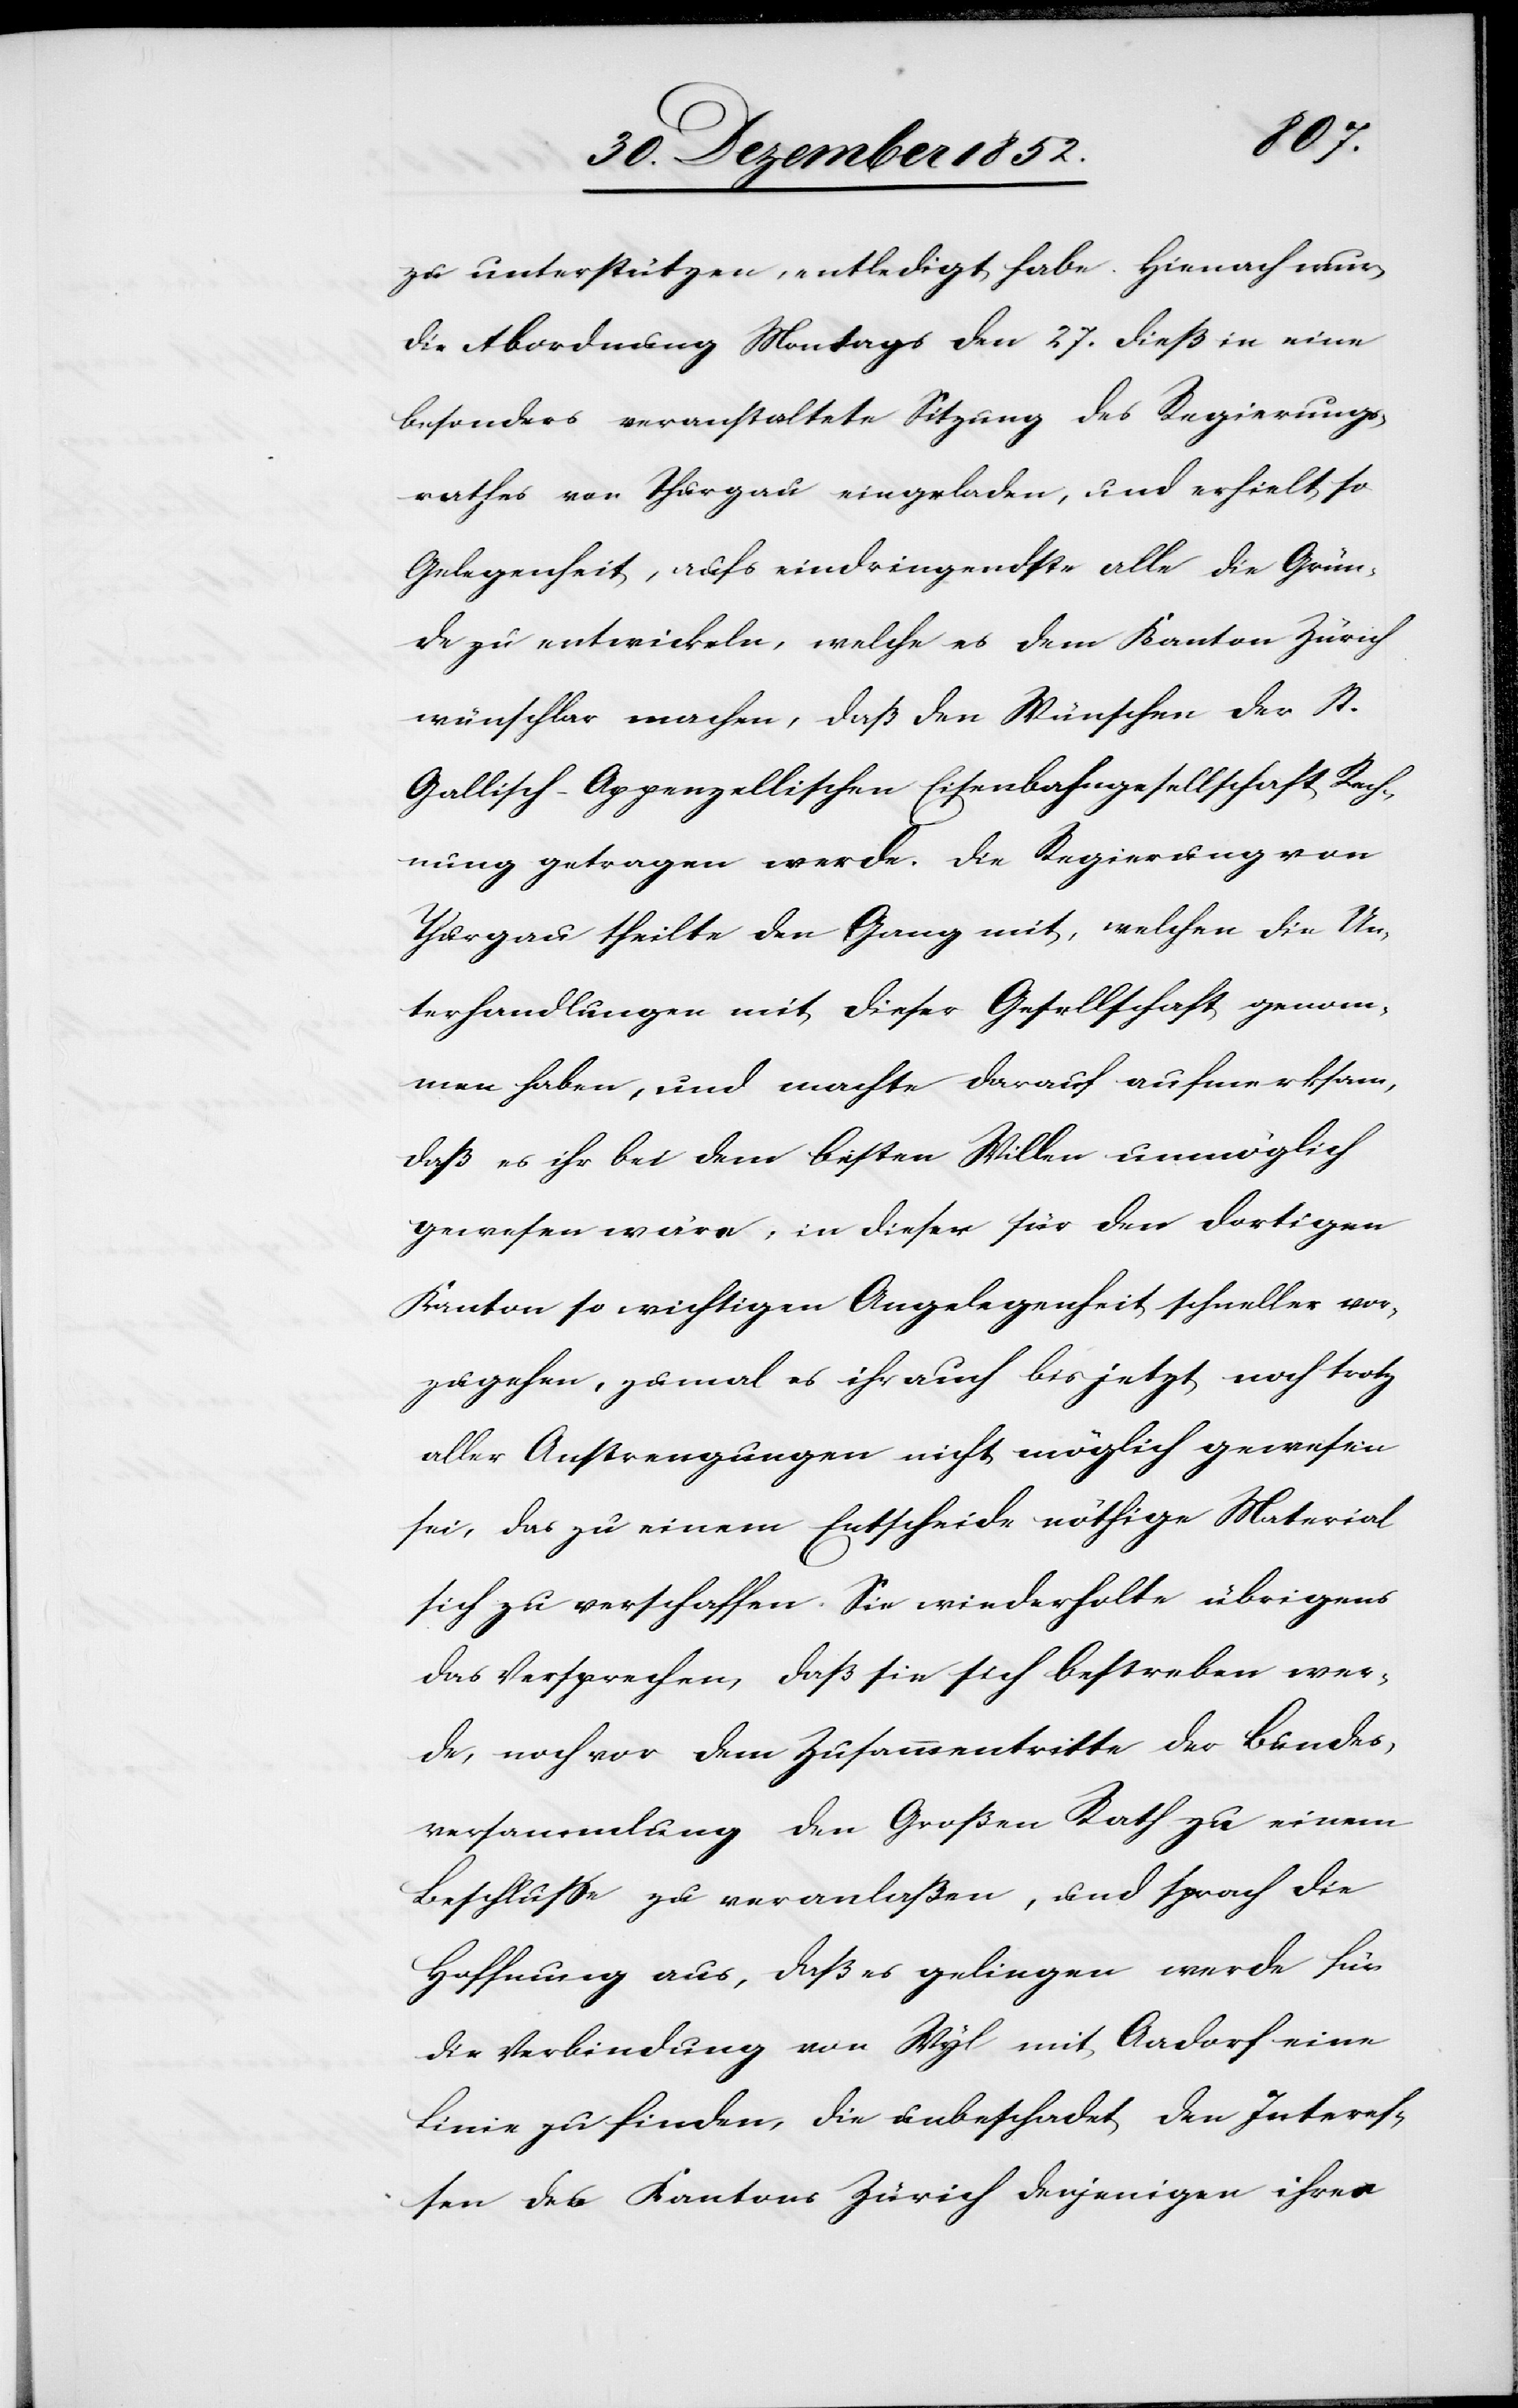
e]
zu unterstützen, entledigt habe. Hienach wur[d¬
die Abordnung Montags den 27. dieß in eine
besonders veranstaltete Sitzung des Regierungs¬
rathes von Thurgau eingeladen, und erhielt so
Gelegenheit, aufs eindringendste alle die Grün¬
de zu entwickeln, welche es dem Kanton Zürich
wünschbar] machen, daß den Wünschen der St.
Gallisch-Appenzellischen Eisenbahngesellschaft Rech¬
nung getragen werde. Die Regierung von
Thurgau theilte den Gang mit, welchen die Un¬
terhandlungen mit dieser Gesellschaft genom¬
men haben, und machte darauf aufmerksam,
daß es ihr bei dem besten Willen unmöglich
gewesen wäre, in dieser für den dortigen
Kanton so wichtigen Angelegenheit schneller vor¬
zugehen, zumal es ihr auch bis jetzt noch trotz
aller Anstrengungen nicht möglich gewesen
sei, das zu einem Entscheide nöthige Material
sich zu verschaffen. Sie wiederholte übrigens
das Versprechen, daß sie sich bestreben wer¬
de, noch vor dem Zusammentritte der Bundes¬
versammlung den Großen Rath zu einem
Beschlusse zu veranlaßen, und sprach die
Hoffnung aus, daß es gelingen werde für
die Verbindung von Wyl mit Aadorf eine
Linie zu finden, die unbeschadet den Interes¬
sen des Kantons Zürich denjenigen ihres